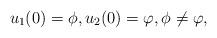
LaTeX: \begin{align*}u_1(0)=\phi, u_2(0)=\varphi, \phi\not =\varphi,\end{align*}